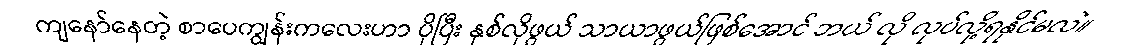
ကျနော်နေတဲ့ စာပေကျွန်းကလေးဟာ ပိုပြီး နှစ်လိုဖွယ် သာယာဖွယ်ဖြစ်အောင် ဘယ် လို လုပ်လို့ရနိုင်မလဲ။